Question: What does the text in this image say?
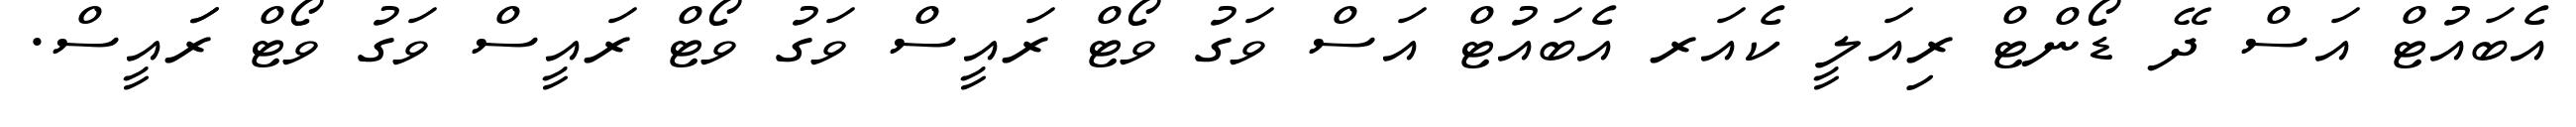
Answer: އެބައުޓް އަސް ދޭ ޑޯންޓް ރިއަލީ ކެއަރ އެބައުޓް އަސް ވަގު ވޯޓް ރައީސް ވަގު ވޯޓް ރައީސް ވަގު ވޯޓް ރަައީސް.